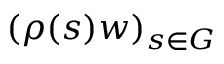
( \rho ( s ) w ) _ { s \in G }